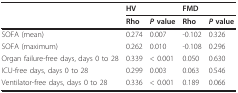
<table><thead><tr><td></td><td colspan="2"><b>HV</b></td><td colspan="2"><b>FMD</b></td></tr><tr><td></td><td><b>Rho</b></td><td><b><i>P </i>value</b></td><td><b>Rho</b></td><td><b><i>P </i>value</b></td></tr></thead><tbody><tr><td>SOFA (mean)</td><td>0.274</td><td>0.007</td><td>-0.102</td><td>0.326</td></tr><tr><td>SOFA (maximum)</td><td>0.262</td><td>0.010</td><td>-0.108</td><td>0.296</td></tr><tr><td>Organ failure-free days, days 0 to 28</td><td>0.339</td><td>&lt; 0.001</td><td>0.050</td><td>0.630</td></tr><tr><td>ICU-free days, days 0 to 28</td><td>0.299</td><td>0.003</td><td>0.063</td><td>0.546</td></tr><tr><td>Ventilator-free days, days 0 to 28</td><td>0.336</td><td>&lt; 0.001</td><td>0.189</td><td>0.066</td></tr></tbody></table>